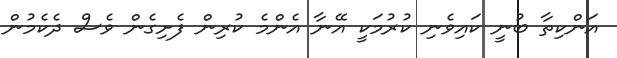
އަންކިތާ ބުނީ ކައިވެނި ކުރުމަކީ އޭނާ އެންމެ ކުރިން ފެށިގެން ވެސް ދެކެމުން